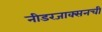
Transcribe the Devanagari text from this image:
नीडरजाक्सनची